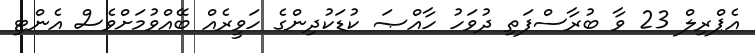
އެޕްރިލް 23 ވާ ބުރާސްފަތި ދުވަހު ހާއްޞަ ކުޑަކުދިންގެ ހަވީރެއް ބޭއްވުމަށްވެސް އެންޓި